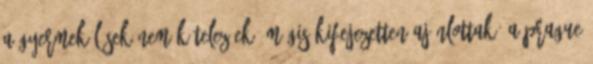
a gyermekülések nem kötelezőek, mégis kifejezetten ajánlottak. A Prague